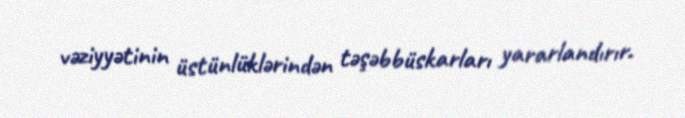
vəziyyətinin üstünlüklərindən təşəbbüskarları yararlandırır.